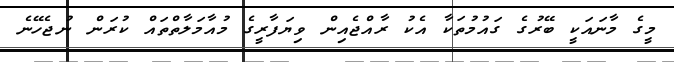
މީގެ މާނައަކީ ބޭރުގެ ގައުމުތަކާ އެކު ރާއްޖެއިން ވިޔަފާރީގެ މުއާމަލާތްތައް ކުރަން ނުޖެހޭނެ